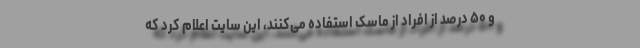
و ۵۰ درصد از افراد از ماسک استفاده می‌کنند، این سایت اعلام کرد که